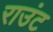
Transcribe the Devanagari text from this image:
राउंट